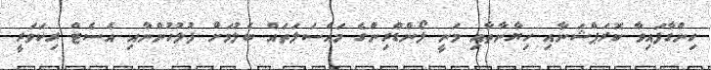
ހިންގާފައިވާ ކޮރަޕްޝަނާއި ހިޔާނާތާއި މަނީ ލޯންޑްރިންގެ މައްސަލަތައް ބެލުމަށް ފުލުހުންނާއި އެސެޓް ރިކަވަރީ